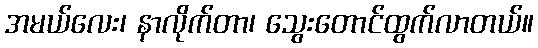
အမယ်လေး၊ နာလိုက်တာ၊ သွေးတောင်ထွက်လာတယ်။